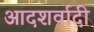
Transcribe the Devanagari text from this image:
आदशर्वादी